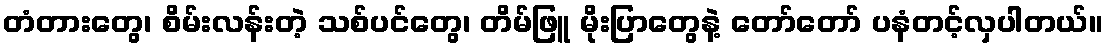
တံတားတွေ၊ စိမ်းလန်းတဲ့ သစ်ပင်တွေ၊ တိမ်ဖြူ မိုးပြာတွေနဲ့ တော်တော် ပနံတင့်လှပါတယ်။